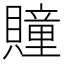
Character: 𧸌